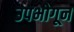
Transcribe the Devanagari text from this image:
उपभोगून